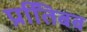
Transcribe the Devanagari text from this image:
प्रतििबब